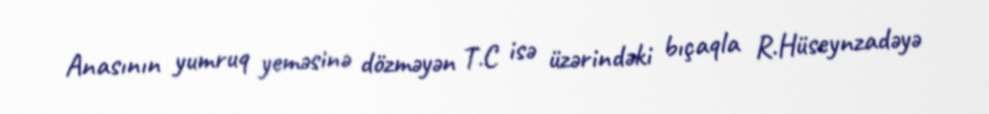
Anasının yumruq yeməsinə dözməyən T.C isə üzərindəki bıçaqla R.Hüseynzadəyə